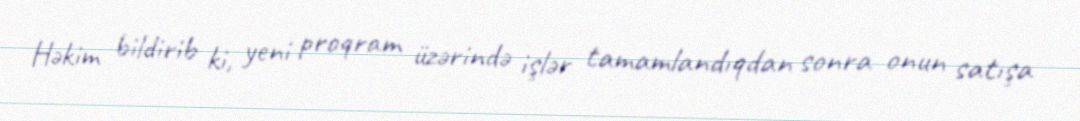
Həkim bildirib ki, yeni proqram üzərində işlər tamamlandıqdan sonra onun satışa